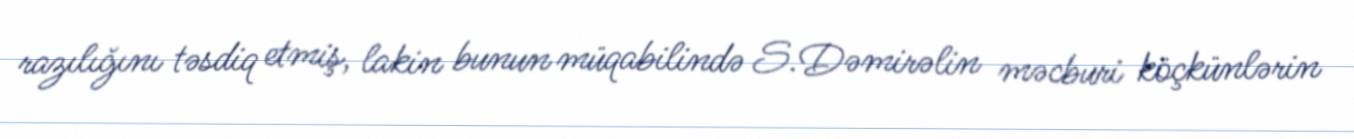
razılığını təsdiq etmiş, lakin bunun müqabilində S.Dəmirəlin məcburi köçkünlərin